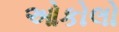
ઓકોલો